Medical and sanitary report of the native army of Bengal for the year
Year: 1876
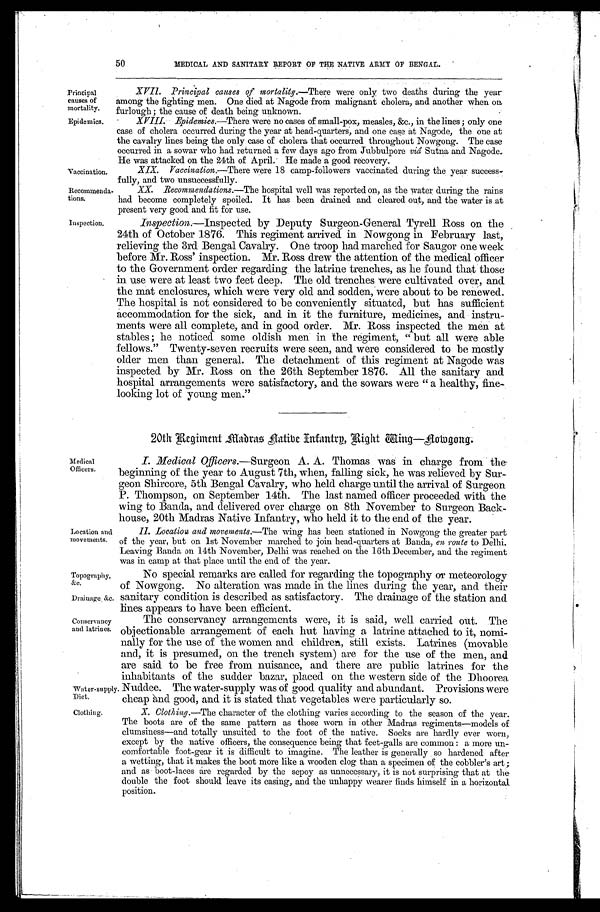
Principal
causes of
mortality.
Epidemics.
Topography,
&c.
Drainage &c.
50
MEDICAL AND SANITARY REPORT OF THE NATIVE ARMY OF BENGAL.
XVII. Principal causes of mortality. —There were only two deaths during the year
among the fighting men. One died at Nagode from malignant cholera, and another when on
furlough ; the cause of death being unknown.
X-VIII. Epidemics.—There were no cases of small-pox, measles, &c., in the lines ; only one
case of cholera occurred during the year at head-quarters, and one case at Nagode, the one at
the cavalry lines being the only case of cholera that occurred throughout Nowgong. The case
occurred in a sowar who had returned a few days ago from Jubbulpore viâ Sutna and Nagode.
He was attacked on the 24th of April. He made a wood recovery.
Vaccination.
Recommenda-
tions.
Vaccination.—There were 18 camp-followers vaccinated during the year
a
success
-fully and two unsuccessfully.
XX. Recommendations. —The hospital well was reported on, as the water during the rains
h a d b e c o m e c o m p l e t e l y s p o i l e d . I t h a s b e e n d r a i n e d a n d c l e a r e d o u t , a n d t h e w a t e r i s a t
present very good and fit for use.
Inspection. Inspection.—Inspected by Deputy Surgeon-General Tyrell Ross on the
24th of October 1876. This regiment arrived in Nowgong in February last,
relieving the 3rd Bengal Cavalry. One troop had marched for Saugor one week
before Mr. Ross' inspection. Mr. Ross drew the attention of the medical officer
to the Government order regarding the latrine trenches, as he found that those
in use were at least two feet deep. The old trenches were cultivated over, and
the mat enclosures, which were very old and sodden, were about to be renewed.
The hospital is not considered to be conveniently situated, but has sufficient
accommodation for the sick, and in it the furniture, medicines, and instru-
ments were all complete, and in good order. Mr. Ross inspected the men at
stables ; he noticed some oldish men in the regiment, "but all were able
fellows." Twenty-seven recruits were seen, and were considered to be mostly
older men than general. The detachment of this regiment at Nagode was
inspected by Mr. Ross on the 26th September 1876. All the sanitary and
hospital arrangements were satisfactory, and the sowars were "a healthy, fine-
looking lot of young men."
Medical
Officers.
Location and
movements.
20th Regiment, Madras Native Infantry, Right Wing—Nowgang.
I. Medical Officers.—Surgeon A. A. Thomas was in charge from the
beginning of the year to August 7th, when, falling sick, he was relieved by Sur-
geon Shircore, 5th Bengal Cavalry, who held charge until the arrival of Surgeon
P. Thompson, on September 14th. The last named officer proceeded with the
wing to Banda, and delivered over charge on 8th November to Surgeon Back-
house, 20th Madras Native Infantry, who held it to the end of the year.
II.Location and movements. —The wing has been stationed in Nowgong the greater part
of the year, but on 1st November marched to join head-quarters at Banda, en route to Delhi.
Leaving Banda on 14th November, Delhi was reached on the 16th December, and the regiment
was in camp at that place until the end of the year.
No special remarks are called for regarding the topography or meteorology
of Nowgong. No alteration was made in the lines during the year, and their
sanitary condition is described as satisfactory. The drainage of the station and
lines appears to have been efficient.
Conservancy
and latrines.
Water-supply.
Diet.
The conservancy arrangements were, it is said, well carried out. The
objectionable arrangement of each hut having a latrine attached to it, nomi
-nally for the use of the women and children, still exists. Latrines (movable
and, it is presumed, on the trench system) are for the use of the men, and
are said to be free from nuisance, and there are public latrines for the
inhabitants of the sudden bazar, placed on the western side of the Dhoorea
Nuddee. The water-supply was of good quality and abundant. Provisions were
cheap and good, and it is stated that vegetables were particularly so.
Clothing.
X. Clothing. —The character of the clothing varies according to the season of the year.
The boots are of the same pattern as those worn in other Madras regiments—models of
clumsiness—and totally unsuited to the foot of the native. Socks are hardly ever worn,
except by the native officers, the consequence being that feet-galls are common : a more un
-comfortable foot-gear it is difficult to imagine. The leather is generally so hardened after
a wetting, that it makes the boot more like a wooden clog than a specimen of the cobbler's art ;
and as boot-laces are regarded by the sepoy as unnecessary, it is not surprising that at the-
double the foot should leave its casing, and the unhappy wearer finds himself in a horizontal
position.